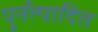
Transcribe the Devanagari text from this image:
पुर्नत्पादित